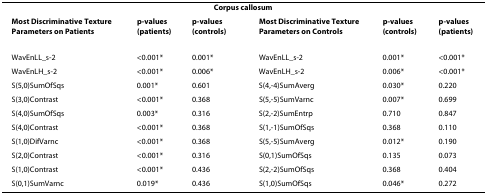
<table><thead><tr><td colspan="6"><b>Corpus callosum</b></td></tr><tr><td><b>Most Discriminative Texture Parameters on Patients</b></td><td><b>p-values (patients)</b></td><td><b>p-values (controls)</b></td><td><b>Most Discriminative Texture Parameters on Controls</b></td><td><b>p-values (controls)</b></td><td><b>p-values (patients)</b></td></tr></thead><tbody><tr><td>WavEnLL_s-2</td><td>&lt;0.001*</td><td>0.001*</td><td>WavEnLL_s-2</td><td>0.001*</td><td>&lt;0.001*</td></tr><tr><td>WavEnLH_s-2</td><td>&lt;0.001*</td><td>0.006*</td><td>WavEnLH_s-2</td><td>0.006*</td><td>&lt;0.001*</td></tr><tr><td>S(5,0)SumOfSqs</td><td>0.001*</td><td>0.601</td><td>S(4,-4)SumAverg</td><td>0.030*</td><td>0.220</td></tr><tr><td>S(3,0)Contrast</td><td>&lt;0.001*</td><td>0.368</td><td>S(5,-5)SumVarnc</td><td>0.007*</td><td>0.699</td></tr><tr><td>S(4,0)SumOfSqs</td><td>0.003*</td><td>0.316</td><td>S(2,-2)SumEntrp</td><td>0.710</td><td>0.847</td></tr><tr><td>S(4,0)Contrast</td><td>&lt;0.001*</td><td>0.368</td><td>S(1,-1)SumOfSqs</td><td>0.368</td><td>0.110</td></tr><tr><td>S(1,0)DifVarnc</td><td>&lt;0.001*</td><td>0.368</td><td>S(5,-5)SumAverg</td><td>0.012*</td><td>0.190</td></tr><tr><td>S(2,0)Contrast</td><td>&lt;0.001*</td><td>0.316</td><td>S(0,1)SumOfSqs</td><td>0.135</td><td>0.073</td></tr><tr><td>S(1,0)Contrast</td><td>&lt;0.001*</td><td>0.436</td><td>S(2,-2)SumOfSqs</td><td>0.368</td><td>0.404</td></tr><tr><td>S(0,1)SumVarnc</td><td>0.019*</td><td>0.436</td><td>S(1,0)SumOfSqs</td><td>0.046*</td><td>0.272</td></tr></tbody></table>